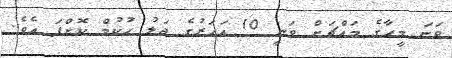
ވަނަ މީހާގެ މައްޗަށް ވަނީ 10 އަހަރުގެ ޖަލު ހުކުމް ކޮށްފަ އެވެ.